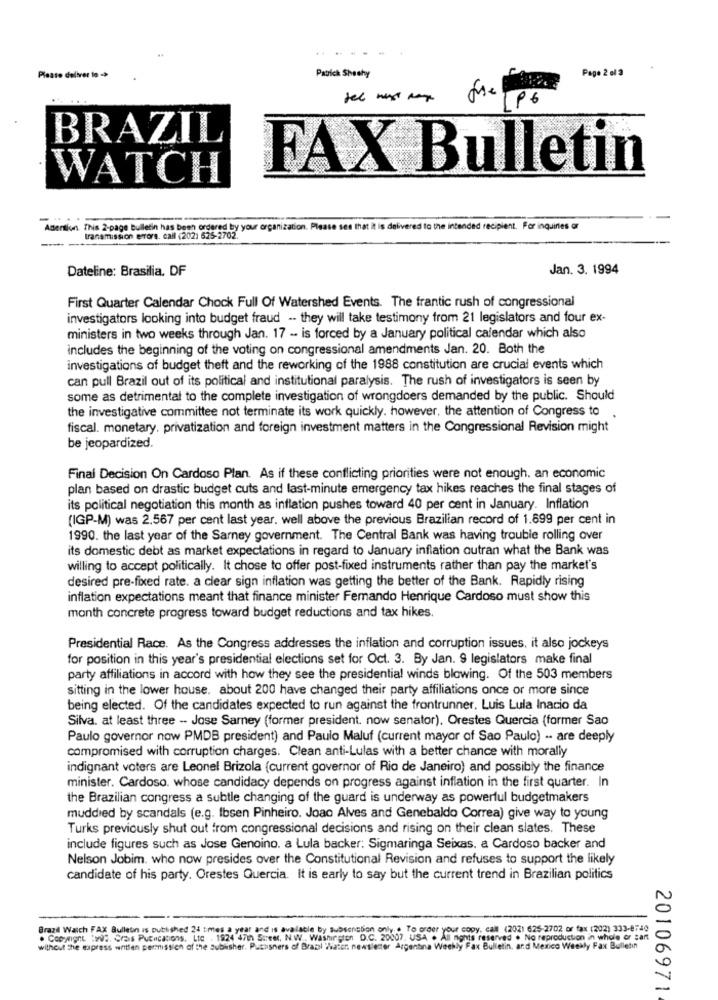
Page 2 el 2
Patrick Sheehy
P6
BRAZIL
FAX Bulletin
WATCH
Atention This 2-page bulletin has been ordered by your organization. Please see that it is delivered to the intended recipient. For inquiries or
transmission errors. call (202) 525-2702.
Dateline: Brasilia. DF
Jan. 3. 1994
First Quarter Calendar Chock Full Of Watershed Events. The frantic rush of congressional
investigators looking into budget fraud - they will take testimony from 21 legislators and four ex-
ministers in two weeks through Jan. 17 - is forced by a January political calendar which also
includes the beginning of the voting on congressional amendments Jan. 20. Both the
investigations of budget theft and the reworking of the 1988 constitution are crucial events which
can pull Brazil out of its political and institutional paralysis. The rush of investigators is seen by
some as detrimental to the complete investigation of wrongdoers demanded by the public. Should
the investigative committee not terminate its work quickly. however, the attention of Congress to
fiscal. monetary, privatization and foreign investment matters in the Congressional Revision might
be jeopardized.
Final Decision On Cardoso Plan. As if these conflicting priorities were not enough. an economic
plan based on drastic budget cuts and last-minute emergency tax hikes reaches the final stages of
its political negotiation this month as inflation pushes toward 40 per cent in January. Inflation
(IGP-M) was 2.567 per cent last year. well above the previous Brazilian record of 1.699 per cent in
1990. the last year of the Sarney government. The Central Bank was having trouble rolling over
its domestic debt as market expectations in regard to January inflation outran what the Bank was
willing to accept politically. It chose to offer post-fixed instruments rather than pay the market's
desired pre-fixed rate. a clear sign inflation was getting the better of the Bank. Rapidly rising
inflation expectations meant that finance minister Femando Henrique Cardoso must show this
month concrete progress toward budget reductions and tax hikes.
Presidential Race. As the Congress addresses the inflation and corruption issues, it also jockeys
for position in this year's presidential elections set for Oct. 3. By Jan. 9 legislators make final
party affiliations in accord with how they see the presidential winds blowing. Of the 503 members
sitting in the lower house. about 200 have changed their party affiliations once or more since
being elected. Of the candidates expected to run against the frontrunner. Luis Lula Inacio da
Silva, at least three -- Jose Sarney (former president. now senator). Orestes Quercia (former Sao
Paulo governor now PMDB president) and Paulo Maluf (current mayor of Sao Paulo) .. are deeply
compromised with corruption charges. Clean anti-Lulas with a better chance with morally
indignant voters are Leonel Brizola (current governor of Rio de Janeiro) and possibly the finance
minister. Cardoso. whose candidacy depends on progress against inflation in the first quarter. In
the Brazilian congress a subtle changing of the guard is underway as powerful budgetmakers
muddled by scandals (e.g. Ibsen Pinheiro. Joao Alves and Genebaldo Correa) give way to young
Turks previously shut out from congressional decisions and rising on their clean slates. These
include figures such as Jose Genoino. a Lula backer: Sigmaringa Seixas. a Cardoso backer and
Nelson Jobim. who now presides over the Constitutional Revision and refuses to support the likely
candidate of his party. Orestes Quercia. It is early to say but the current trend in Brazilian politics
Brazil Watch FAX Bulletin is published 24 times a year and is available by subscription only. .. To order your copy, call (2021 625-2702 or fax (202) 333-8740
. Copyingnt :wis. Crais Pucications, Lte . 1924 47th Street, N.W . Washington D.C. 20007. USA . All Rights reserved . No reproduction in whole or sant
without the express written permission of the publisher. Pussisners of Brazil Thater. newsletter Argentina Weekly Fax Bulletin, and Mexico Weekly Fax Bulletin
20106971